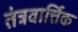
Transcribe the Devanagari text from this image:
तंत्रवार्त्तिक